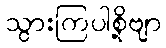
သွားကြပါစို့ဗျာ